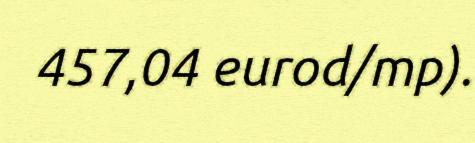
457,04 eurod/mp).